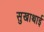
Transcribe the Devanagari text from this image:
सुखाथाई